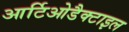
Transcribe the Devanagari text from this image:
आर्टिओडैक्टाइल